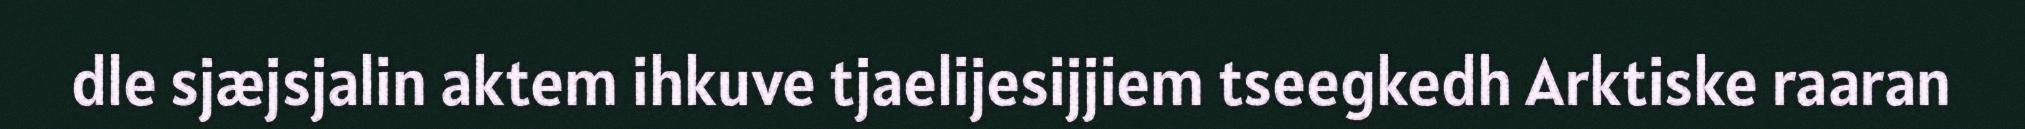
dle sjæjsjalin aktem ihkuve tjaelijesijjiem tseegkedh Arktiske raaran